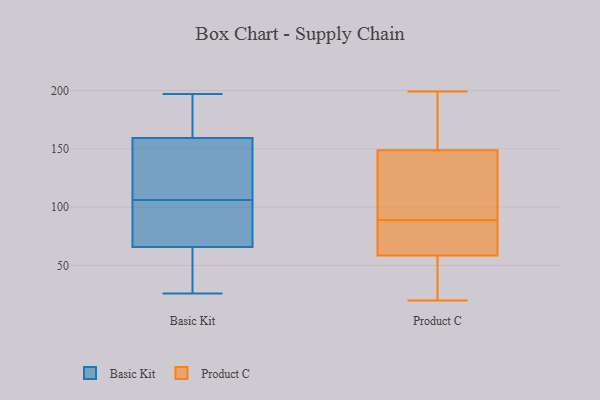
{"axis": {"x": "Tickets Resolved", "y": "Value"}, "legend": ["Basic Kit", "Product C"], "data": [{"x": "", "y": 106, "type": "Basic Kit"}, {"x": "", "y": 102, "type": "Basic Kit"}, {"x": "", "y": 62, "type": "Basic Kit"}, {"x": "", "y": 136, "type": "Basic Kit"}, {"x": "", "y": 67, "type": "Basic Kit"}, {"x": "", "y": 159, "type": "Basic Kit"}, {"x": "", "y": 57, "type": "Basic Kit"}, {"x": "", "y": 180, "type": "Basic Kit"}, {"x": "", "y": 88, "type": "Basic Kit"}, {"x": "", "y": 129, "type": "Basic Kit"}, {"x": "", "y": 197, "type": "Basic Kit"}, {"x": "", "y": 160, "type": "Basic Kit"}, {"x": "", "y": 26, "type": "Basic Kit"}, {"x": "", "y": 20, "type": "Product C"}, {"x": "", "y": 157, "type": "Product C"}, {"x": "", "y": 89, "type": "Product C"}, {"x": "", "y": 113, "type": "Product C"}, {"x": "", "y": 79, "type": "Product C"}, {"x": "", "y": 89, "type": "Product C"}, {"x": "", "y": 29, "type": "Product C"}, {"x": "", "y": 40, "type": "Product C"}, {"x": "", "y": 128, "type": "Product C"}, {"x": "", "y": 63, "type": "Product C"}, {"x": "", "y": 127, "type": "Product C"}, {"x": "", "y": 55, "type": "Product C"}, {"x": "", "y": 148, "type": "Product C"}, {"x": "", "y": 69, "type": "Product C"}, {"x": "", "y": 170, "type": "Product C"}, {"x": "", "y": 199, "type": "Product C"}, {"x": "", "y": 177, "type": "Product C"}, {"x": "", "y": 57, "type": "Product C"}, {"x": "", "y": 149, "type": "Product C"}]}